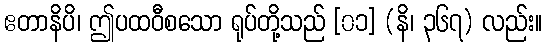
ဧတာနိပိ၊ ဤပထဝီစသော ရုပ်တို့သည် [၀၁] (နိ၊ ၃၆၇) လည်း။